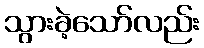
သွားခဲ့သော်လည်း